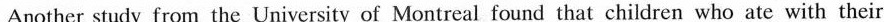
Another study from the University of Montreal found that children who ate with their